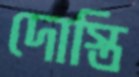
দোস্তি